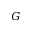
G